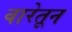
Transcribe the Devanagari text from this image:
वारेतून